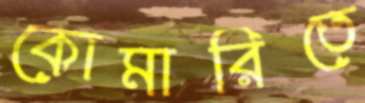
কোমারিতে